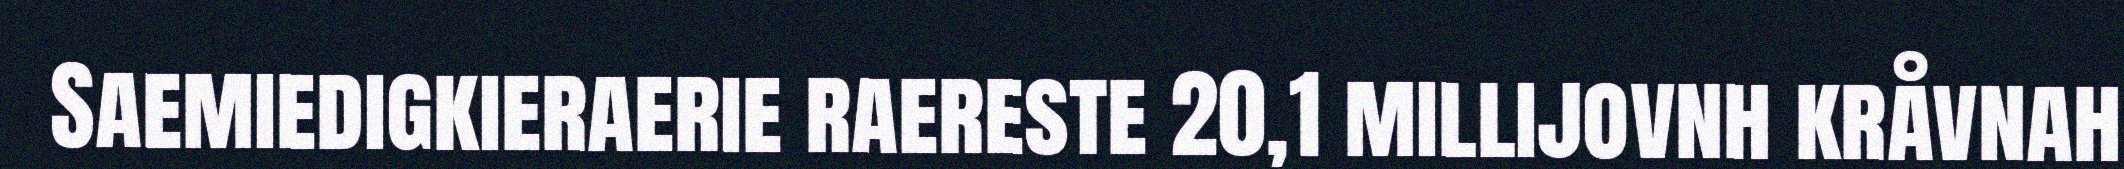
Saemiedigkieraerie raereste 20,1 millijovnh kråvnah